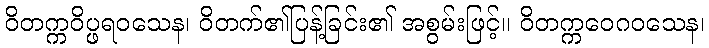
ဝိတက္ကဝိပ္ဖရဝသေန၊ ဝိတက်၏ပြန့်ခြင်း၏ အစွမ်းဖြင့်။ ဝိတက္ကဝေဂဝသေန၊